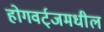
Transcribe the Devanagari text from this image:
होगवर्ट्‌जमधील